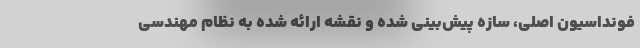
فونداسیون اصلی، سازه پیش‌بینی شده و نقشه ارائه شده به نظام مهندسی